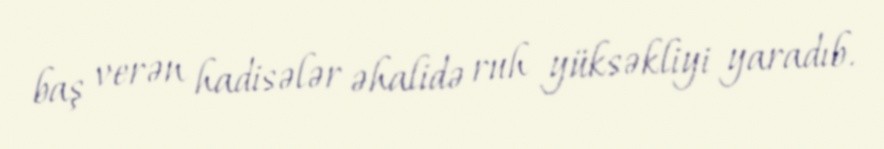
baş verən hadisələr əhalidə ruh yüksəkliyi yaradıb.